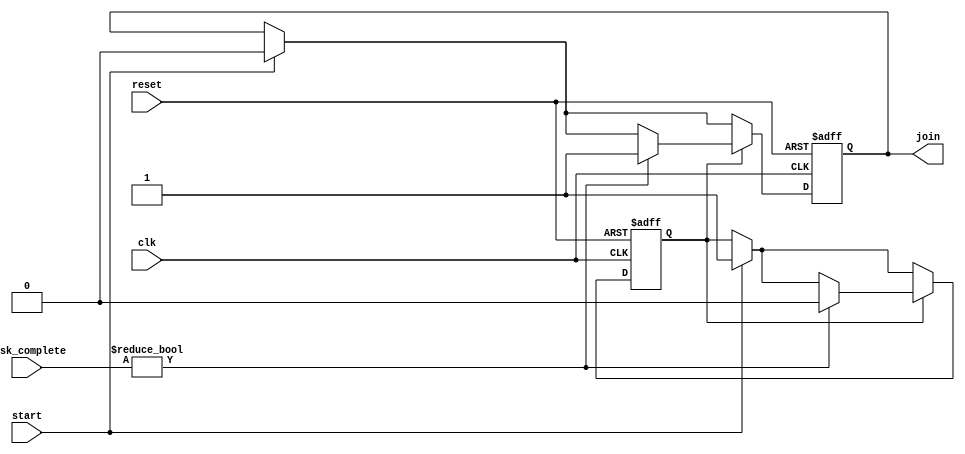
module Fork_Join_Any #(
    parameter NUM_TASKS = 4  // Number of concurrent tasks
)(
    input wire clk,                   // Clock signal
    input wire reset,                 // Reset signal
    input wire start,                 // Start signal for forking tasks
    input wire [NUM_TASKS-1:0] task_complete, // Task completion signals
    output reg join                   // Join signal indicating at least one task completed
);

    // Internal state
    reg forking;                      // Indicates if tasks are currently being forked
    reg any_task_completed;           // Indicates if any task has completed

    // State management
    always @(posedge clk or posedge reset) begin
        if (reset) begin
            join <= 0;
            forking <= 0;
            any_task_completed <= 0;
        end else begin
            if (start) begin
                forking <= 1;          // Start forking tasks
                join <= 0;             // Reset Join signal
                any_task_completed <= 0; // Reset task completion flag
            end

            // Monitor task completion signals
            if (forking) begin
                if (task_complete != 0) begin
                    // At least one task has completed
                    any_task_completed <= 1;
                    join <= 1;          // Assert Join signal
                    forking <= 0;       // Stop forking since one task is done
                end
            end

            // If Join signal has been asserted, we can reset for the next round
            if (join) begin
                // Optionally, add logic here for what to do after join
                // After handling, we might keep join asserted or reset for new tasks
                // Could implement a way to wait for a new start signal to re-initialize
            end
        end
    end

endmodule